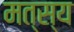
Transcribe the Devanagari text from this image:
मत्स्‍य